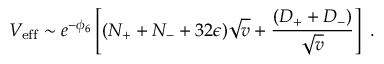
V _ { \mathrm { e f f } } \sim e ^ { - \phi _ { 6 } } \left[ ( N _ { + } + N _ { - } + 3 2 \epsilon ) \sqrt { v } + \frac { ( D _ { + } + D _ { - } ) } { \sqrt { v } } \right] \ .